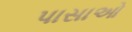
પાસાઓ